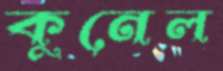
কুনেল